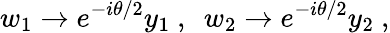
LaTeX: w_{1}\to e^{-i\theta/2}y_{1}~,~~w_{2}\to e^{-i\theta/2}y_{2}~,